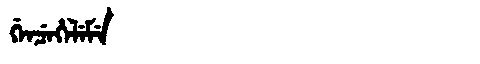
Manchu: ᡤᡝᠨᠴᡝᡥᡝᠯᡝᠮᡝ
Romanization: GENCEHELEME